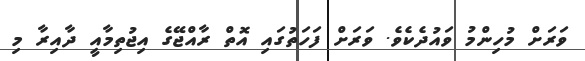
ވަރަށް މުހިންމު ވައުދެކެވެ. ވަރަށް ފަހަތުގައި އޮތް ރާއްޖޭގެ އިޖުތިމާއީ ދާއިރާ މި